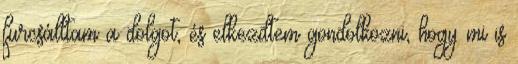
furcsálltam a dolgot, és elkezdtem gondolkozni, hogy mi is